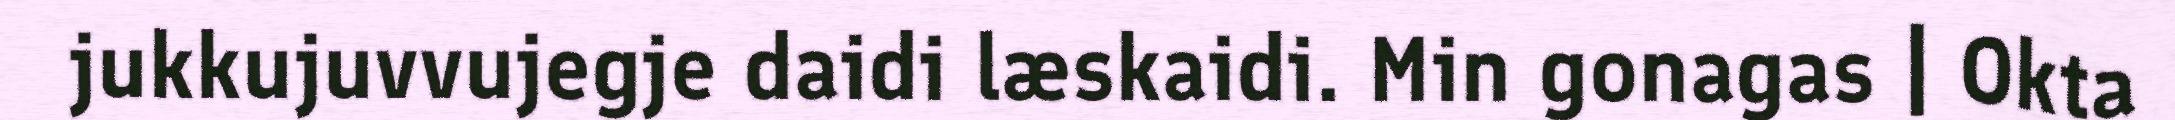
jukkujuvvujegje daidi læskaidi. Min gonagas | Okta